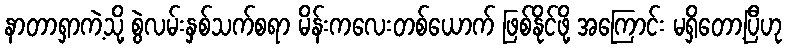
နာတာရှာကဲ့သို့ စွဲလမ်းနှစ်သက်စရာ မိန်းကလေးတစ်ယောက် ဖြစ်နိုင်ဖို့ အကြောင်း မရှိတော့ပြီဟု